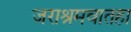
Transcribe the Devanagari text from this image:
जराश्रमवातहा